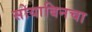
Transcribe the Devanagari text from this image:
सोयाबिनचा